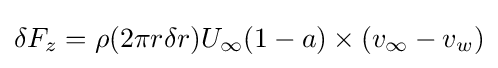
\delta F_{z}=\rho (2\pi r\delta r)U_{\infty }(1-a)\times (v_{\infty }-v_{w})